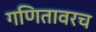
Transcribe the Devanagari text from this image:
गणितावरच